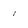
Character: 1